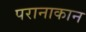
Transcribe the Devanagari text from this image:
परानाकान